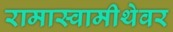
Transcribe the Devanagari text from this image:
रामास्वामीथेवर